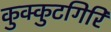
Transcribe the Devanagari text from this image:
कुक्कुटगिरि